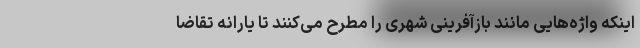
اینکه واژه‌هایی مانند بازآفرینی شهری را مطرح می‌کنند تا یارانه تقاضا